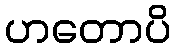
ဟတောပိ